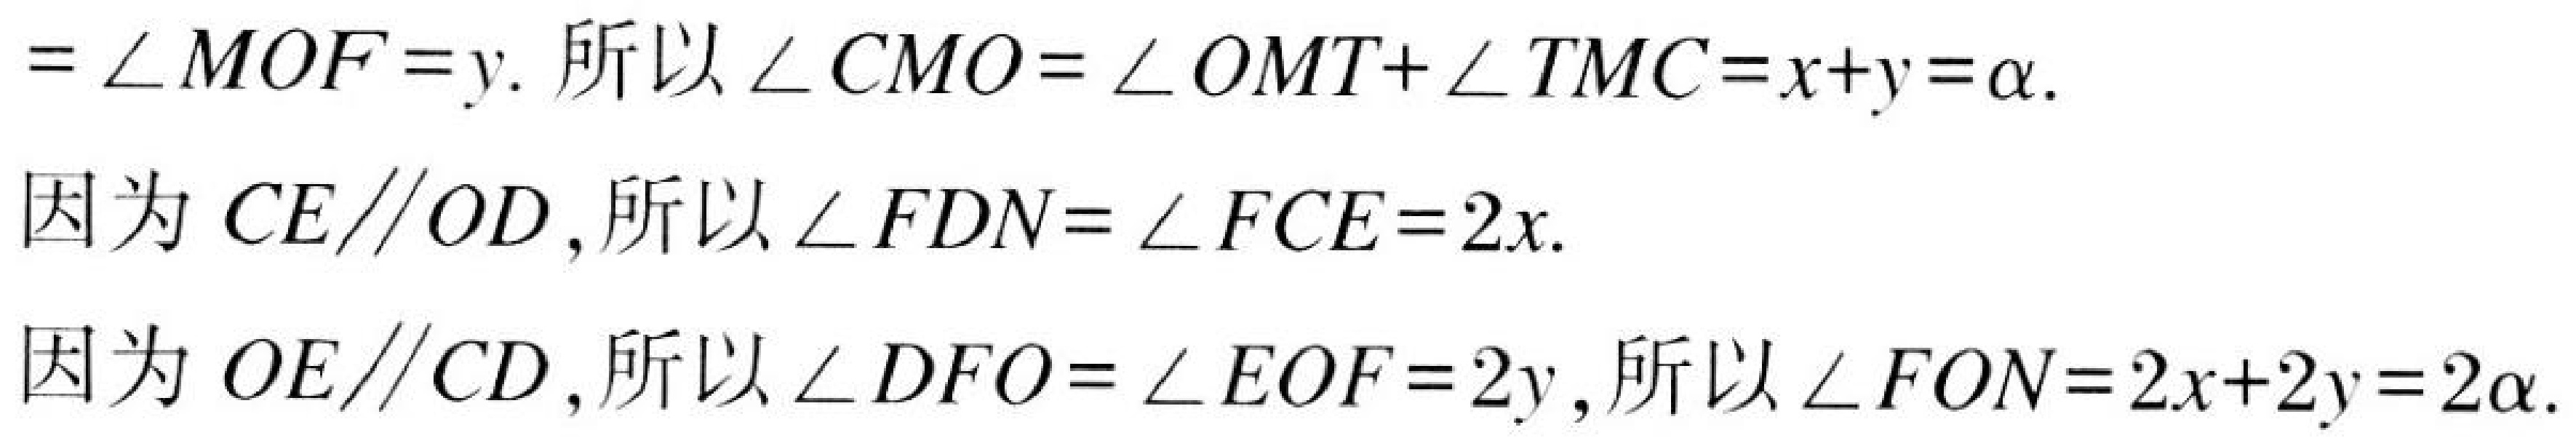
$= \angle MOF = y$. 所以 $\angle CMO=\angle OMT+\angle TMC=x + y=\alpha$.
因为 $CE\parallel OD$, 所以 $\angle FDN=\angle FCE = 2x$.
因为 $OE\parallel CD$, 所以 $\angle DFO=\angle EOF = 2y$, 所以 $\angle FON=2x + 2y=2\alpha$.